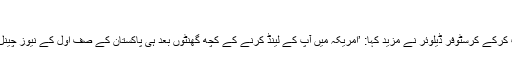
‘
وزیراعظم عمران خان کو مخاطب کرکے کرسٹوفر ڈیلوئر نے مزید کہا: ’امریکہ میں آپ کے لینڈ کرنے کے کچھ گھنٹوں بعد ہی پاکستان کے صف اول کے نیوز چینل، جیو ٹی وی کو سینسر کردیا گیا۔